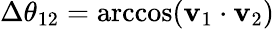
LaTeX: \Delta\theta_{12}=\operatorname{arccos}(\mathbf{v}_{1}\cdot\mathbf{v}_{2})